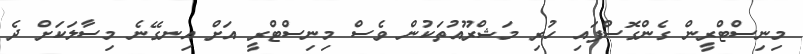
މިނިސްޓްރީން ގެންގޮސްފައި ހުރި މަޝްރޫއުތަކުން ވެސް މިނިސްޓްރީ އަށް އިނގޭނެ މިސާލަކަށް ދެ